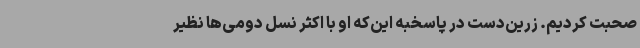
صحبت کردیم. زرین‌دست در پاسخبه این‌که او با اکثر نسل دومی‌ها نظیر